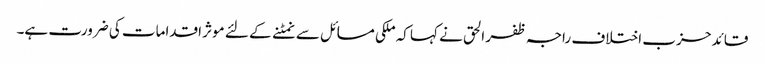
قائد حزب اختلاف راجہ ظفر الحق نے کہا کہ ملکی مسائل سے نمٹنے کے لئے موثر اقدامات کی ضرورت ہے۔